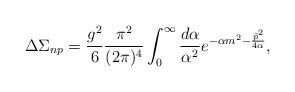
LaTeX: \begin{align*}\Delta\Sigma_{np} = \frac{g^2}6\frac{\pi^2}{(2\pi)^4}\int_0^\infty \frac{d\alpha}{\alpha^2} e^{-\alpha m^2-\frac{\tilde p^2}{4\alpha}},\end{align*}